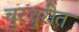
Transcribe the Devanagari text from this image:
चुरचु्रीत